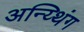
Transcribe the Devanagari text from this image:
अन्य्थिंग